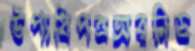
উপাধিপত্রঅরনিড